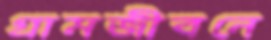
গ্রামজীবনে